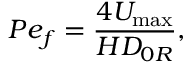
P e _ { f } = \frac { 4 U _ { \mathrm { m a x } } } { H D _ { 0 R } } ,